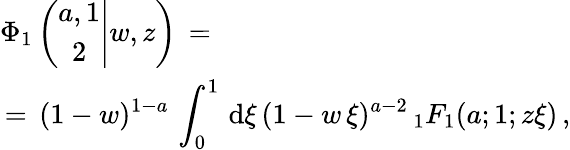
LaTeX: \begin{array}{l}{\displaystyle\Phi_{1}\left(\left.\begin{array}{c}{a,1}\\ {2}\end{array}\right|w,z\right)\, =\, }\\ {\, =\, \displaystyle(1-w)^{1-a}\, \int_{0}^{1}\, \mathrm{d}\xi\, (1-w\, \xi)^{a-2}\, {}_{1}F_{1}(a;1;z\xi)\, ,}\end{array}